Jarvakandi_vallavalitsus, lk 25
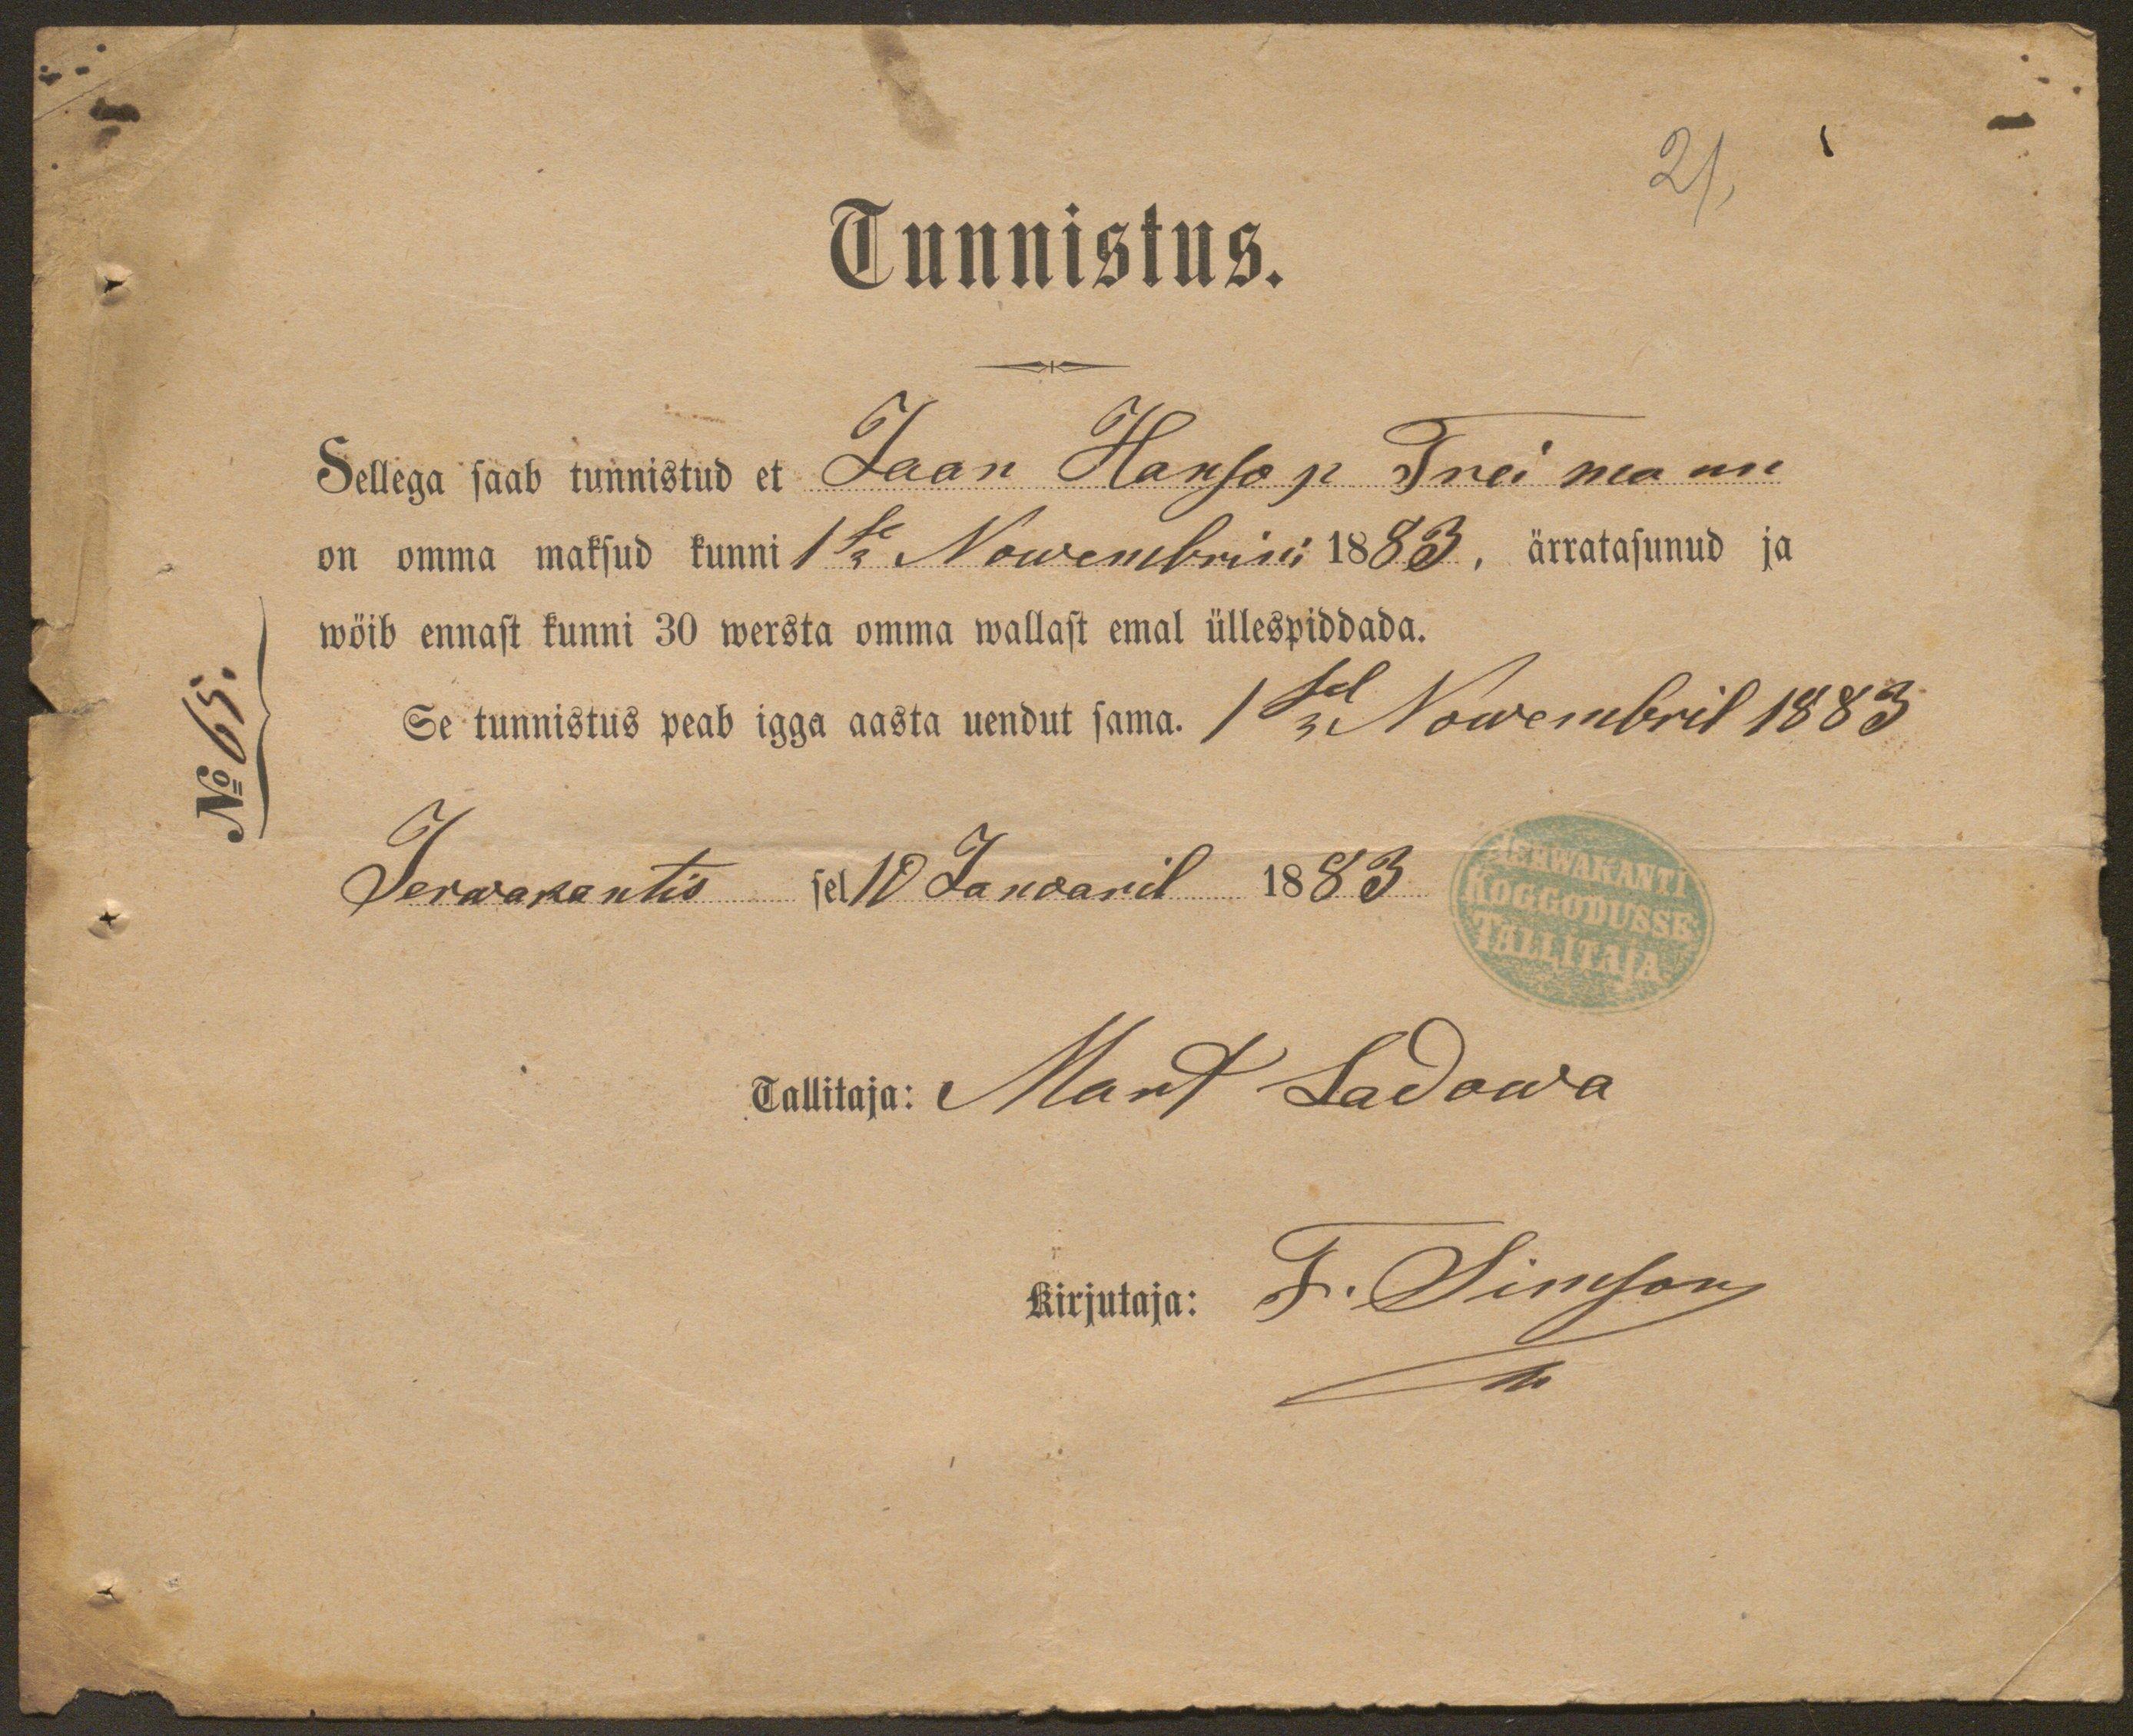
21,

Tunnistus.
Sellega saab tunnistud et Jaan Hanso p. Treimaann
on omma maksud kunni 1se Nowembrini 1883, ärratasunud ja
wöib ennast kunni 30 wersta omma wallast emal üllespiddada.
Se tunnistus peab igga aasta uendut sama. 1sel Nowembril 1883
Jerwakantis sel 10 Januaril 1883
Tallitaja: Mart Ladowa
Kirjutaja:
F. Simson

No 65.